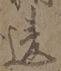
違